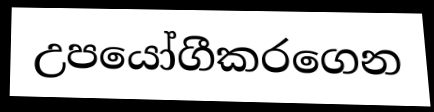
උපයෝගීකරගෙන